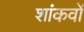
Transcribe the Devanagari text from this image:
शांकवों